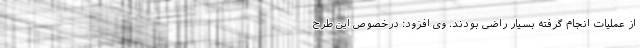
از عملیات انجام گرفته بسیار راضی بودند. وی افزود: درخصوص این طرح